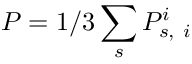
P = 1 / 3 \sum _ { s } P _ { s , ~ i } ^ { i }